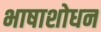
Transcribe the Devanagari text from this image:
भाषाशोधन